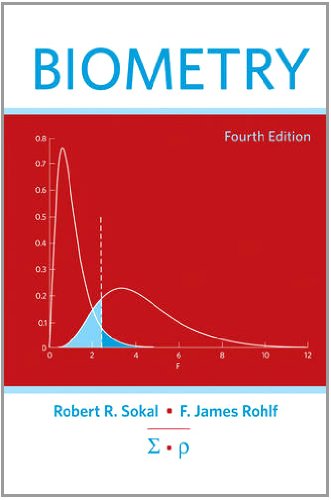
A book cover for Biometry; Robert R. Sokal; Medical Books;